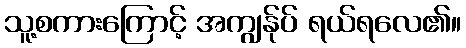
သူ့စကားကြောင့် အကျွန်ုပ် ရယ်ရလေ၏။